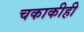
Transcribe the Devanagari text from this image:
चकाकीही